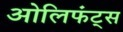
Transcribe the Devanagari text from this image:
ओलिफंट्स